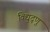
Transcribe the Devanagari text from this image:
विद्युद्णु